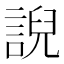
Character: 誽